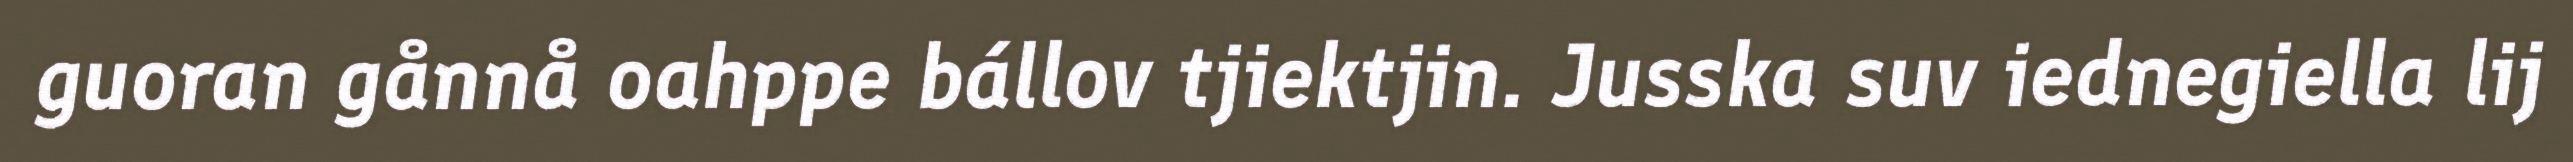
guoran gånnå oahppe bállov tjiektjin. Jusska suv iednegiella lij